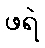
ဖရဲ